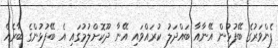
ފެންވަރުގެ ބޭފުޅުން އޭނާއާ ބައްދަލު ކުރައްވައި އޭނާ ދޫކޮށްލުމުގައި އެ ބޭފުޅުންގެ ބާރެއް